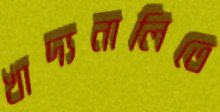
খাদ্যনালিতে